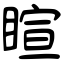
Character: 睻